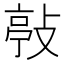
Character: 𢾊